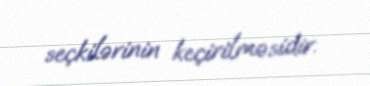
seçkilərinin keçirilməsidir.